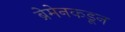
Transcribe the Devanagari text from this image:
ब्रेमेनकडून